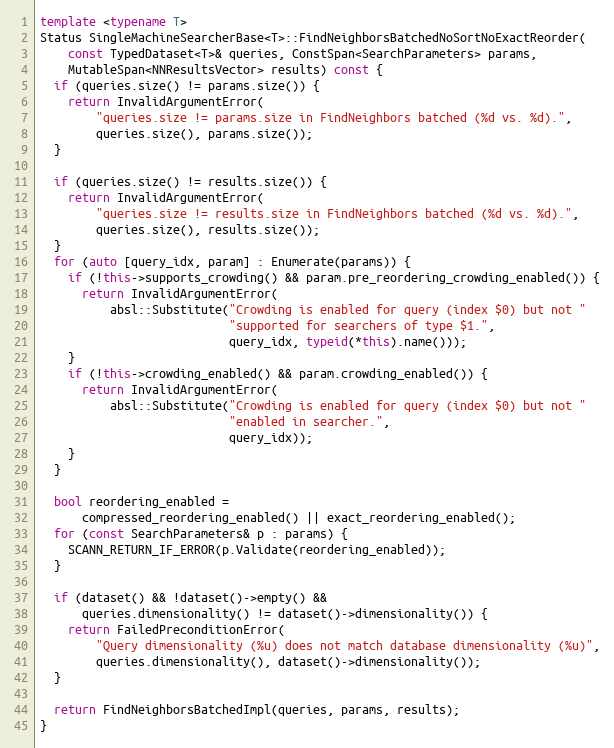
Language: C++
template <typename T>
Status SingleMachineSearcherBase<T>::FindNeighborsBatchedNoSortNoExactReorder(
    const TypedDataset<T>& queries, ConstSpan<SearchParameters> params,
    MutableSpan<NNResultsVector> results) const {
  if (queries.size() != params.size()) {
    return InvalidArgumentError(
        "queries.size != params.size in FindNeighbors batched (%d vs. %d).",
        queries.size(), params.size());
  }

  if (queries.size() != results.size()) {
    return InvalidArgumentError(
        "queries.size != results.size in FindNeighbors batched (%d vs. %d).",
        queries.size(), results.size());
  }
  for (auto [query_idx, param] : Enumerate(params)) {
    if (!this->supports_crowding() && param.pre_reordering_crowding_enabled()) {
      return InvalidArgumentError(
          absl::Substitute("Crowding is enabled for query (index $0) but not "
                           "supported for searchers of type $1.",
                           query_idx, typeid(*this).name()));
    }
    if (!this->crowding_enabled() && param.crowding_enabled()) {
      return InvalidArgumentError(
          absl::Substitute("Crowding is enabled for query (index $0) but not "
                           "enabled in searcher.",
                           query_idx));
    }
  }

  bool reordering_enabled =
      compressed_reordering_enabled() || exact_reordering_enabled();
  for (const SearchParameters& p : params) {
    SCANN_RETURN_IF_ERROR(p.Validate(reordering_enabled));
  }

  if (dataset() && !dataset()->empty() &&
      queries.dimensionality() != dataset()->dimensionality()) {
    return FailedPreconditionError(
        "Query dimensionality (%u) does not match database dimensionality (%u)",
        queries.dimensionality(), dataset()->dimensionality());
  }

  return FindNeighborsBatchedImpl(queries, params, results);
}